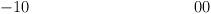
LaTeX: \begin{align*} -1 & 0 & 0 & 0 \\\end{align*}